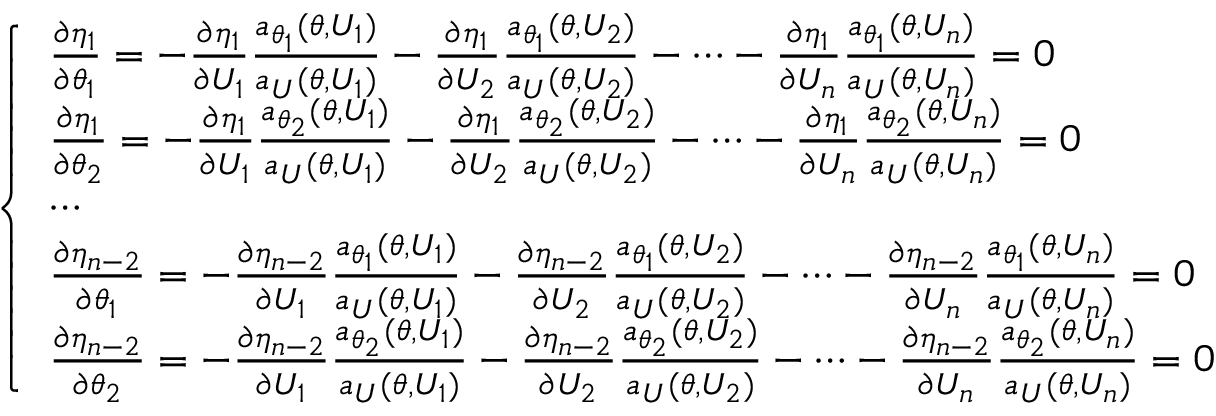
\left\{ \begin{array} { l l } { \frac { \partial \eta _ { 1 } } { \partial \theta _ { 1 } } = - \frac { \partial \eta _ { 1 } } { \partial U _ { 1 } } \frac { a _ { \theta _ { 1 } } ( \theta , U _ { 1 } ) } { a _ { U } ( \theta , U _ { 1 } ) } - \frac { \partial \eta _ { 1 } } { \partial U _ { 2 } } \frac { a _ { \theta _ { 1 } } ( \theta , U _ { 2 } ) } { a _ { U } ( \theta , U _ { 2 } ) } - \cdots - \frac { \partial \eta _ { 1 } } { \partial U _ { n } } \frac { a _ { \theta _ { 1 } } ( \theta , U _ { n } ) } { a _ { U } ( \theta , U _ { n } ) } = 0 } \\ { \frac { \partial \eta _ { 1 } } { \partial \theta _ { 2 } } = - \frac { \partial \eta _ { 1 } } { \partial U _ { 1 } } \frac { a _ { \theta _ { 2 } } ( \theta , U _ { 1 } ) } { a _ { U } ( \theta , U _ { 1 } ) } - \frac { \partial \eta _ { 1 } } { \partial U _ { 2 } } \frac { a _ { \theta _ { 2 } } ( \theta , U _ { 2 } ) } { a _ { U } ( \theta , U _ { 2 } ) } - \cdots - \frac { \partial \eta _ { 1 } } { \partial U _ { n } } \frac { a _ { \theta _ { 2 } } ( \theta , U _ { n } ) } { a _ { U } ( \theta , U _ { n } ) } = 0 } \\ { \cdots } \\ { \frac { \partial \eta _ { n - 2 } } { \partial \theta _ { 1 } } = - \frac { \partial \eta _ { n - 2 } } { \partial U _ { 1 } } \frac { a _ { \theta _ { 1 } } ( \theta , U _ { 1 } ) } { a _ { U } ( \theta , U _ { 1 } ) } - \frac { \partial \eta _ { n - 2 } } { \partial U _ { 2 } } \frac { a _ { \theta _ { 1 } } ( \theta , U _ { 2 } ) } { a _ { U } ( \theta , U _ { 2 } ) } - \cdots - \frac { \partial \eta _ { n - 2 } } { \partial U _ { n } } \frac { a _ { \theta _ { 1 } } ( \theta , U _ { n } ) } { a _ { U } ( \theta , U _ { n } ) } = 0 } \\ { \frac { \partial \eta _ { n - 2 } } { \partial \theta _ { 2 } } = - \frac { \partial \eta _ { n - 2 } } { \partial U _ { 1 } } \frac { a _ { \theta _ { 2 } } ( \theta , U _ { 1 } ) } { a _ { U } ( \theta , U _ { 1 } ) } - \frac { \partial \eta _ { n - 2 } } { \partial U _ { 2 } } \frac { a _ { \theta _ { 2 } } ( \theta , U _ { 2 } ) } { a _ { U } ( \theta , U _ { 2 } ) } - \cdots - \frac { \partial \eta _ { n - 2 } } { \partial U _ { n } } \frac { a _ { \theta _ { 2 } } ( \theta , U _ { n } ) } { a _ { U } ( \theta , U _ { n } ) } = 0 } \end{array} \right.